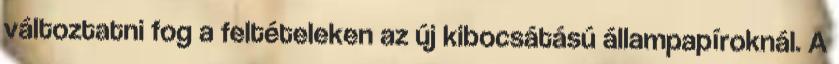
változtatni fog a feltételeken az új kibocsátású állampapíroknál. A